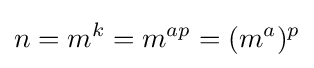
n=m^{k}=m^{ap}=(m^{a})^{p}